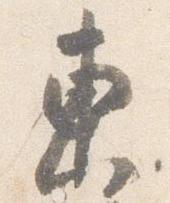
東